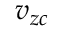
v _ { z c }